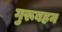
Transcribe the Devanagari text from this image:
गुरूबहन